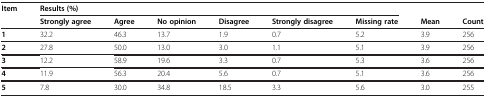
<table><thead><tr><td><b>Item</b></td><td colspan="6"><b>Results (%)</b></td><td><b> </b></td><td><b> </b></td></tr><tr><td><b> </b></td><td><b>Strongly agree</b></td><td><b>Agree</b></td><td><b>No opinion</b></td><td><b>Disagree</b></td><td><b>Strongly disagree</b></td><td><b>Missing rate</b></td><td><b>Mean</b></td><td><b>Count</b></td></tr></thead><tbody><tr><td><b>1</b></td><td>32.2</td><td>46.3</td><td>13.7</td><td>1.9</td><td>0.7</td><td>5.2</td><td>3.9</td><td>256</td></tr><tr><td><b>2</b></td><td>27.8</td><td>50.0</td><td>13.0</td><td>3.0</td><td>1.1</td><td>5.1</td><td>3.9</td><td>256</td></tr><tr><td><b>3</b></td><td>12.2</td><td>58.9</td><td>19.6</td><td>3.3</td><td>0.7</td><td>5.3</td><td>3.6</td><td>256</td></tr><tr><td><b>4</b></td><td>11.9</td><td>56.3</td><td>20.4</td><td>5.6</td><td>0.7</td><td>5.1</td><td>3.6</td><td>256</td></tr><tr><td><b>5</b></td><td>7.8</td><td>30.0</td><td>34.8</td><td>18.5</td><td>3.3</td><td>5.6</td><td>3.0</td><td>255</td></tr></tbody></table>